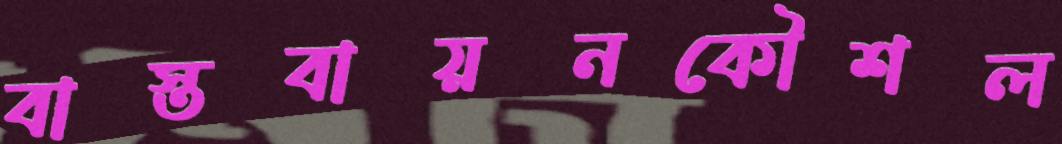
বাস্তবায়নকৌশল